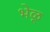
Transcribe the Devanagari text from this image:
भेळ्